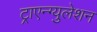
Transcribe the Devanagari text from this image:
ट्राएन्ग्युलेशन